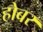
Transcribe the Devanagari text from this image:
होबर